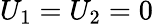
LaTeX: U_{1}=U_{2}=0